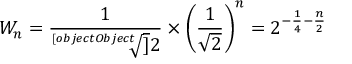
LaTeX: W _ { n } = { \frac { 1 } { \sqrt [ [object Object] ] { 2 } } } \times \left( { \frac { 1 } { \sqrt { 2 } } } \right) ^ { n } = 2 ^ { - { \frac { 1 } { 4 } } - { \frac { n } { 2 } } }